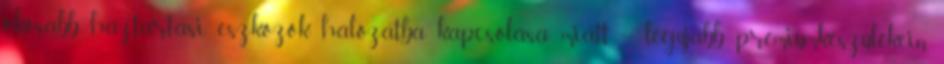
okosabb háztartási eszközök hálózatba kapcsolása miatt – legújabb prémiumkészülékein